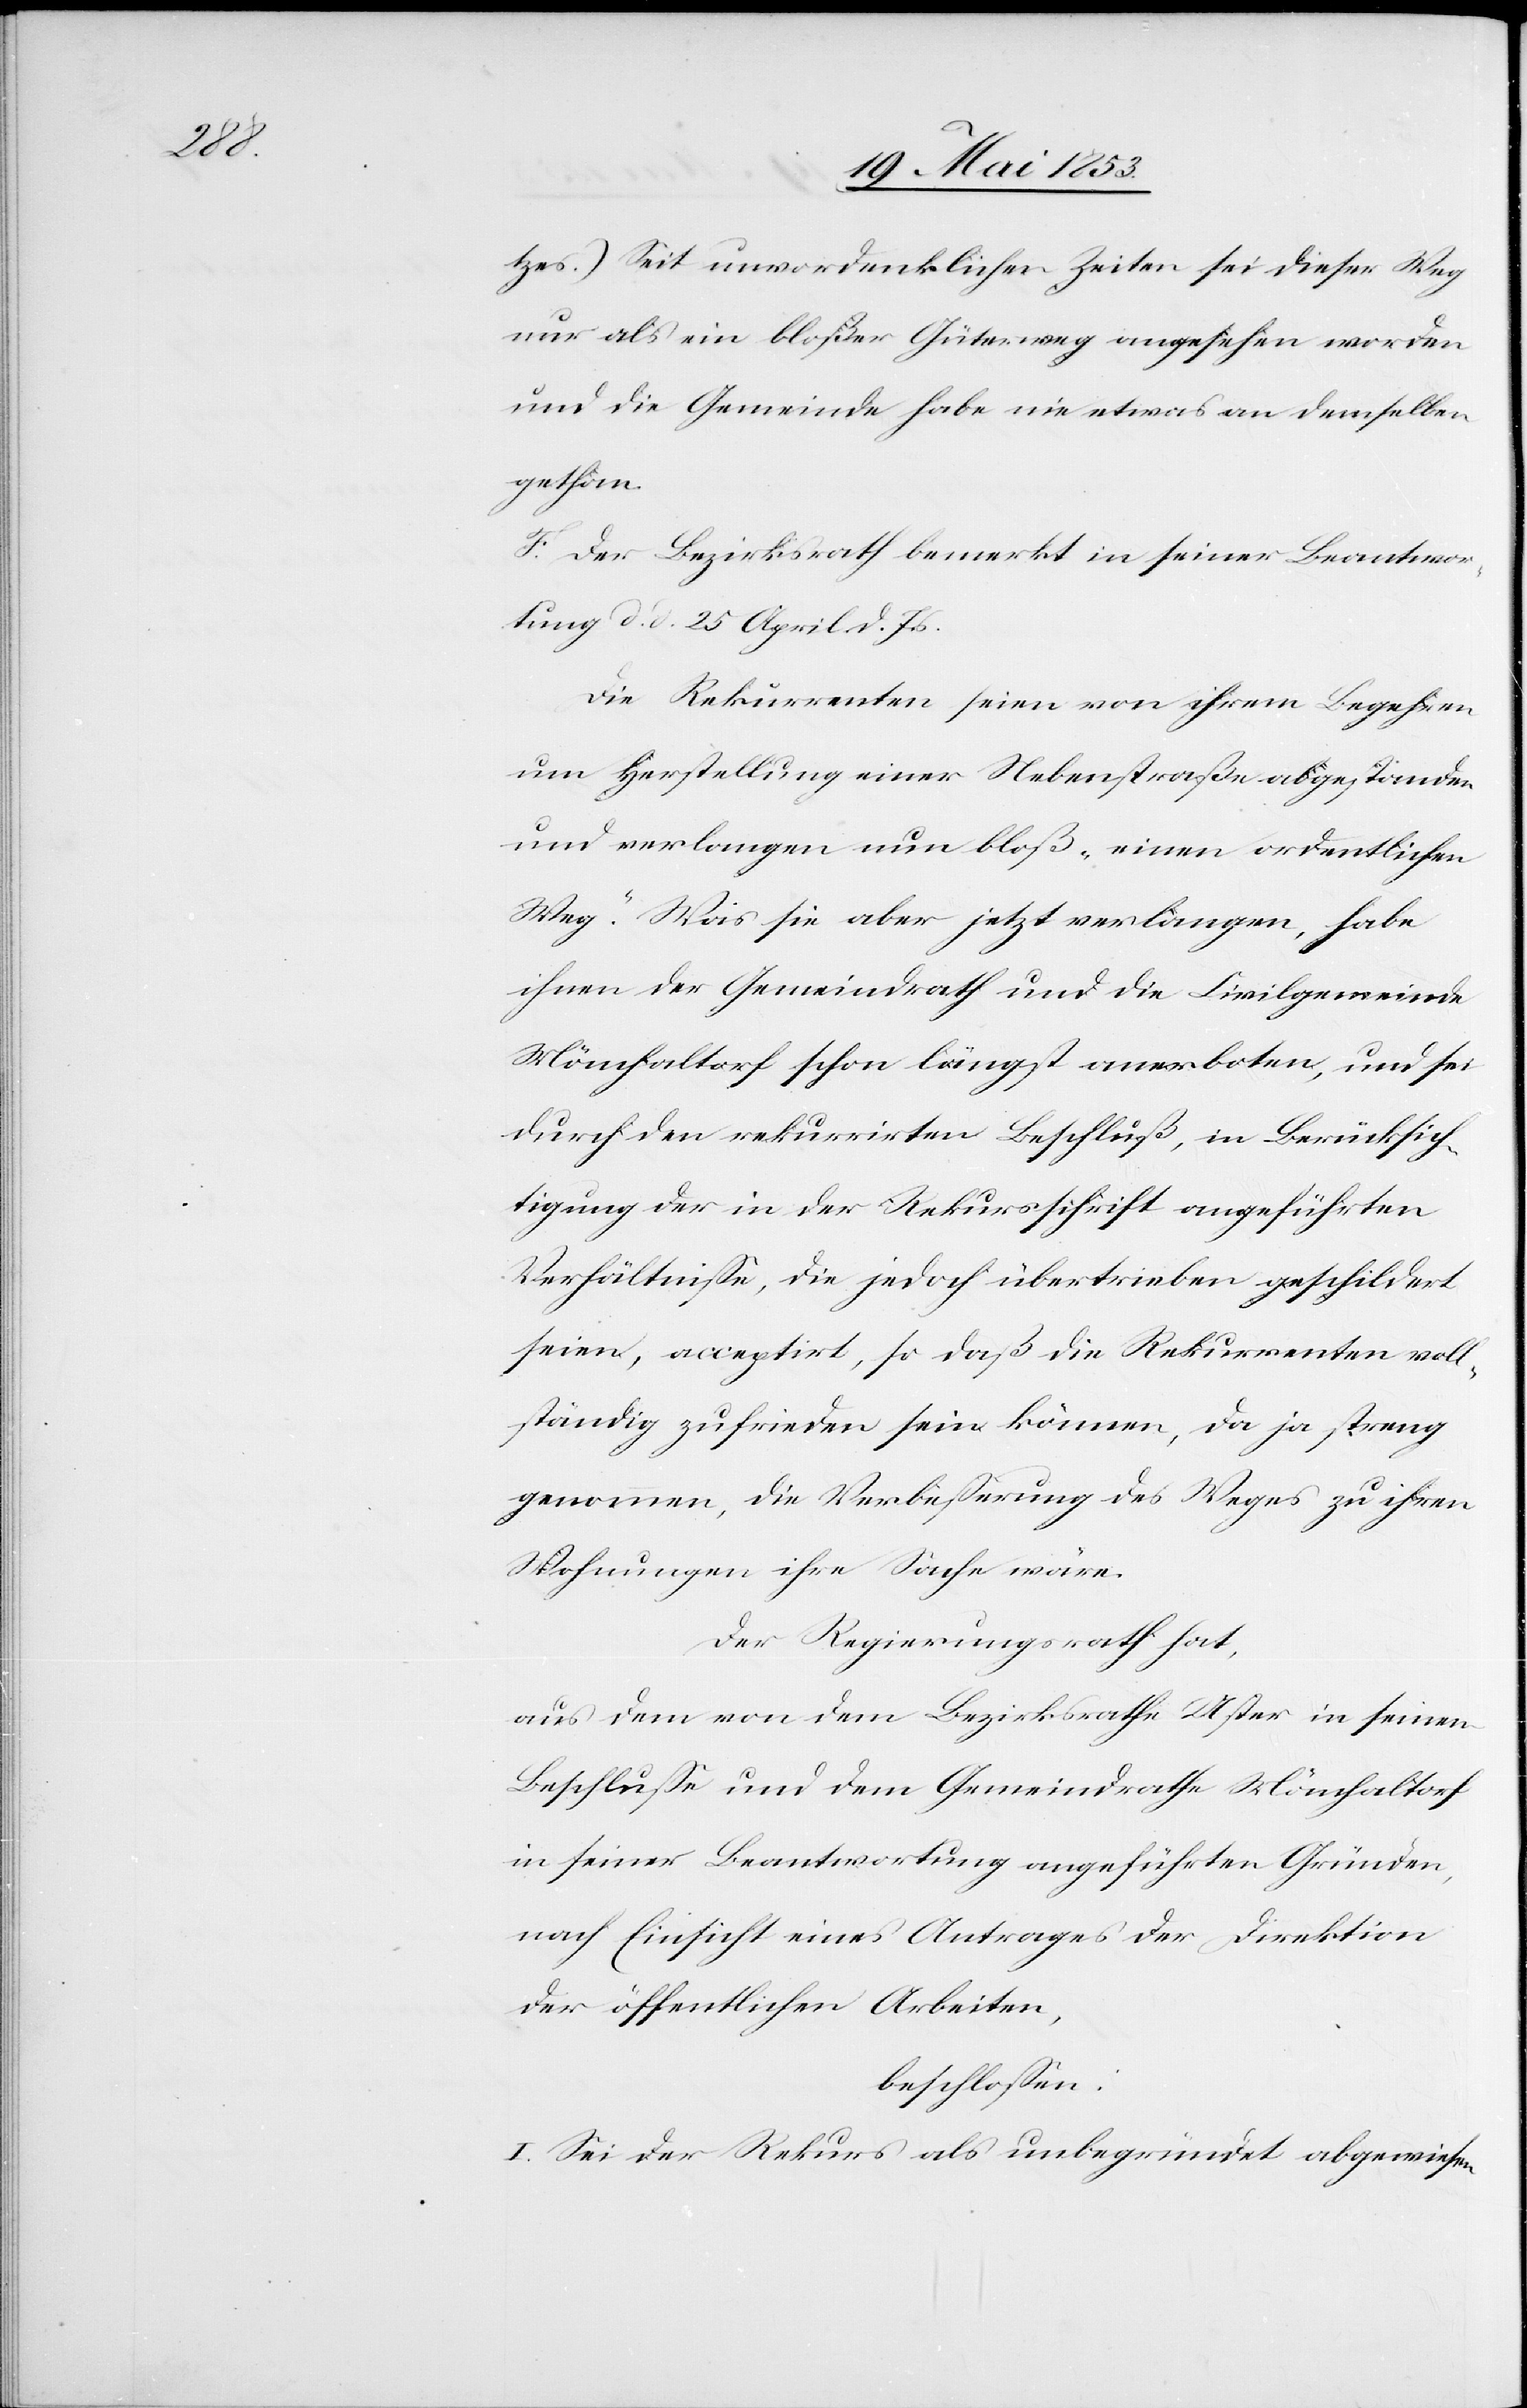
tzes.) Seit unvordenklichen Zeiten sei dieser Weg
nur als ein bloßer Güterweg angesehen worden
und die Gemeinde habe nie etwas an demselben
gethan.
F. Der Bezirksrath bemerkt in seiner Beantwor¬
tung d. d. 25 April d. Js.
Die Rekurrenten seien von ihrem Begehren
um Herstellung einer Nebenstraße abgestanden
und verlangen nun bloß „einen ordentlichen
Weg.“ Was sie aber jetzt verlangen, habe
ihnen der Gemeindrath und die Civilgemeinde
Mönchaltorf schon längst anerboten, und sei
durch den rekurrirten Beschluß, in Berücksich¬
tigung der in der Rekursschrift angeführten
Verhältniße, die jedoch übertrieben geschildert
seien, acceptirt, so daß die Rekurrenten voll¬
ständig zufrieden sein können, da ja streng
genommen, die Verbeßerung des Weges zu ihren
Wohnungen ihre Sache wäre.
Der Regierungsrath hat,
aus den von dem Bezirksrathe Uster in seinem
Beschluße und dem Gemeindrathe Mönchaltorf
in seiner Beantwortung angeführten Gründen,
nach Einsicht eines Antrages der Direktion
der öffentlichen Arbeiten,
beschloßen:
I. Sei der Rekurs als unbegründet abgewiesen